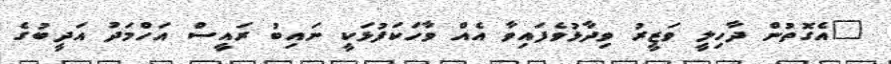
"އެގޮތުން ދާހިލީ ވަޒީރު ވިދާޅުވެފައިވާ އެއް ވާހަކަފުޅަކީ ނައިބު ރައީސް އަހްމަދު އަދީބުގެ